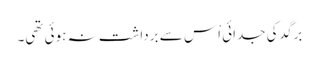
برگد کی جدائی اْس سے برداشت نہ ہوئی تھی۔